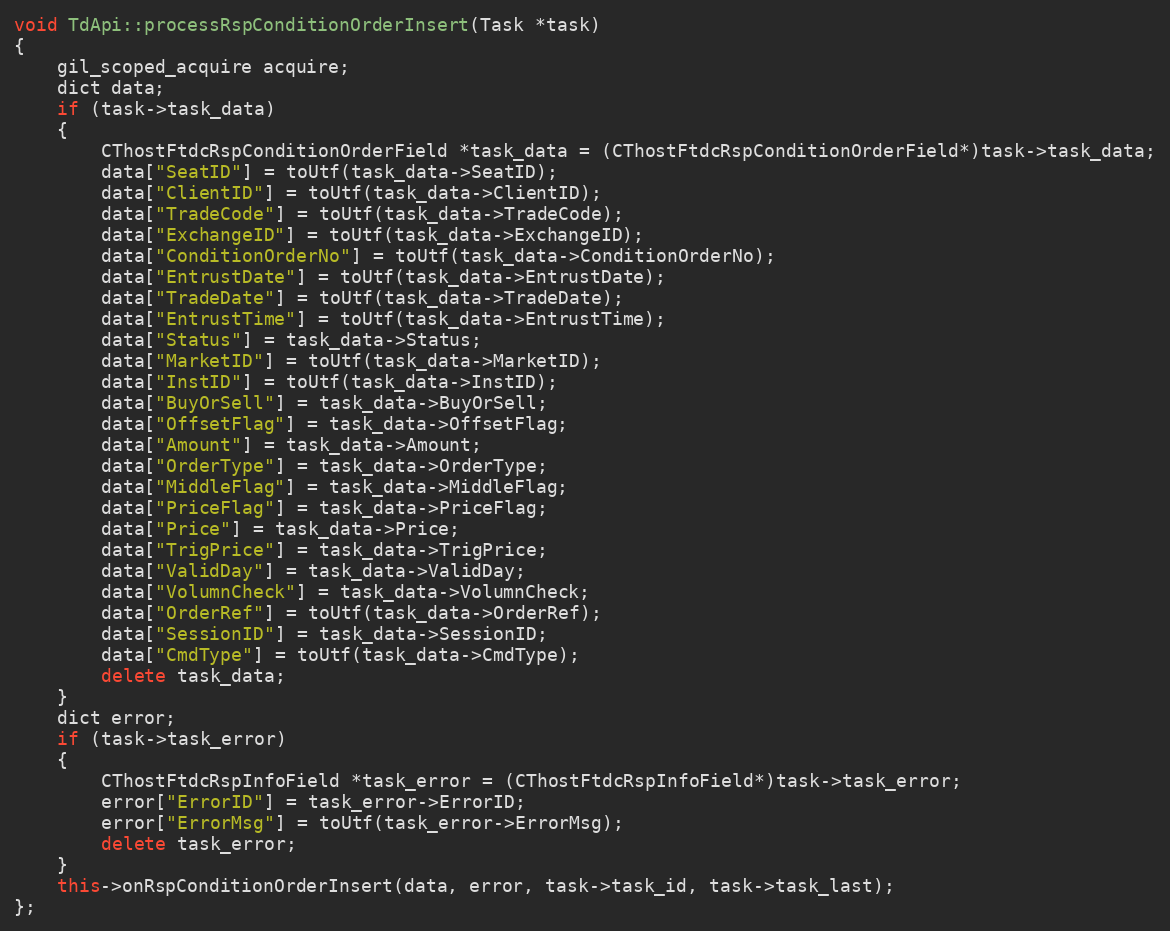
Language: C++
void TdApi::processRspConditionOrderInsert(Task *task)
{
	gil_scoped_acquire acquire;
	dict data;
	if (task->task_data)
	{
		CThostFtdcRspConditionOrderField *task_data = (CThostFtdcRspConditionOrderField*)task->task_data;
		data["SeatID"] = toUtf(task_data->SeatID);
		data["ClientID"] = toUtf(task_data->ClientID);
		data["TradeCode"] = toUtf(task_data->TradeCode);
		data["ExchangeID"] = toUtf(task_data->ExchangeID);
		data["ConditionOrderNo"] = toUtf(task_data->ConditionOrderNo);
		data["EntrustDate"] = toUtf(task_data->EntrustDate);
		data["TradeDate"] = toUtf(task_data->TradeDate);
		data["EntrustTime"] = toUtf(task_data->EntrustTime);
		data["Status"] = task_data->Status;
		data["MarketID"] = toUtf(task_data->MarketID);
		data["InstID"] = toUtf(task_data->InstID);
		data["BuyOrSell"] = task_data->BuyOrSell;
		data["OffsetFlag"] = task_data->OffsetFlag;
		data["Amount"] = task_data->Amount;
		data["OrderType"] = task_data->OrderType;
		data["MiddleFlag"] = task_data->MiddleFlag;
		data["PriceFlag"] = task_data->PriceFlag;
		data["Price"] = task_data->Price;
		data["TrigPrice"] = task_data->TrigPrice;
		data["ValidDay"] = task_data->ValidDay;
		data["VolumnCheck"] = task_data->VolumnCheck;
		data["OrderRef"] = toUtf(task_data->OrderRef);
		data["SessionID"] = task_data->SessionID;
		data["CmdType"] = toUtf(task_data->CmdType);
		delete task_data;
	}
	dict error;
	if (task->task_error)
	{
		CThostFtdcRspInfoField *task_error = (CThostFtdcRspInfoField*)task->task_error;
		error["ErrorID"] = task_error->ErrorID;
		error["ErrorMsg"] = toUtf(task_error->ErrorMsg);
		delete task_error;
	}
	this->onRspConditionOrderInsert(data, error, task->task_id, task->task_last);
};